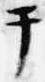
テ